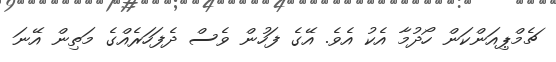
ޗެމްޕިއަންކަން ހޯދުމާ އެކު އެވެ. އޭގެ ފަހުން ވެސް ދެފަހަރެއްގެ މަތިން އޭނަ